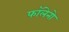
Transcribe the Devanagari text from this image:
फॉलेनो